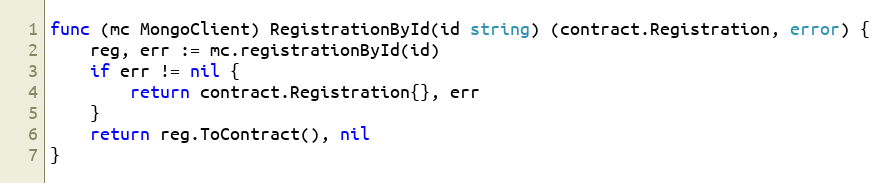
Language: Go
func (mc MongoClient) RegistrationById(id string) (contract.Registration, error) {
	reg, err := mc.registrationById(id)
	if err != nil {
		return contract.Registration{}, err
	}
	return reg.ToContract(), nil
}